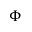
\Phi